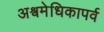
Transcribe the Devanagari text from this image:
अश्वमेधिकापर्व